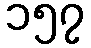
၁၅၇